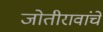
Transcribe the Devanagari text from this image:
जोतीरावांचे